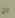
ان